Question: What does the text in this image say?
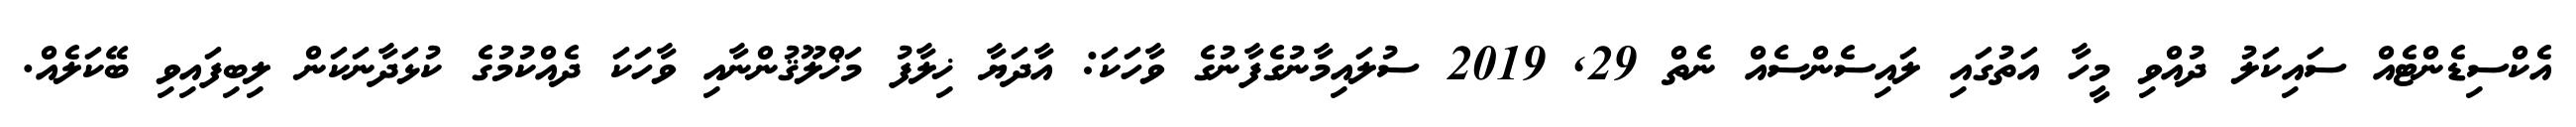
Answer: އެކްސިޑެންޓެއް ސައިކަލު ދުއްވި މީހާ އަތުގައި ލައިސެންސެއް ނެތް 29, 2019 ސުލައިމާނުގެފާނުގެ ވާހަކަ: އާދަޔާ ޚިލާފު މަޚްލޫޤުންނާއި ވާހަކަ ދެއްކުމުގެ ކުޅަދާނަކަން ލިބިފައިވި ބޭކަލެއް.